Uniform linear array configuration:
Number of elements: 12
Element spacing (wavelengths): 0.25
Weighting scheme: uniform
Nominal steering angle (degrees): -15
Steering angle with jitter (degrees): -15.666
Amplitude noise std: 0.05
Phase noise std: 0.05

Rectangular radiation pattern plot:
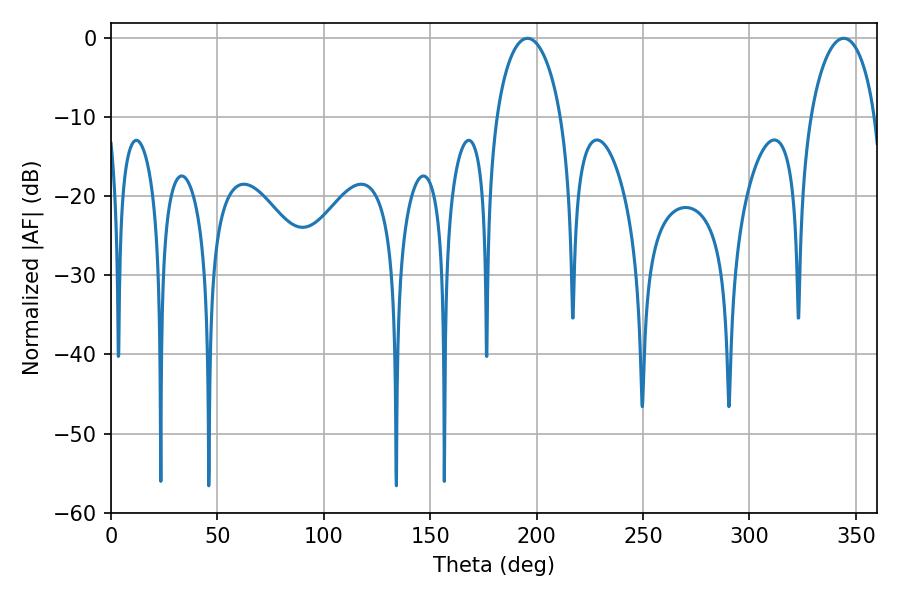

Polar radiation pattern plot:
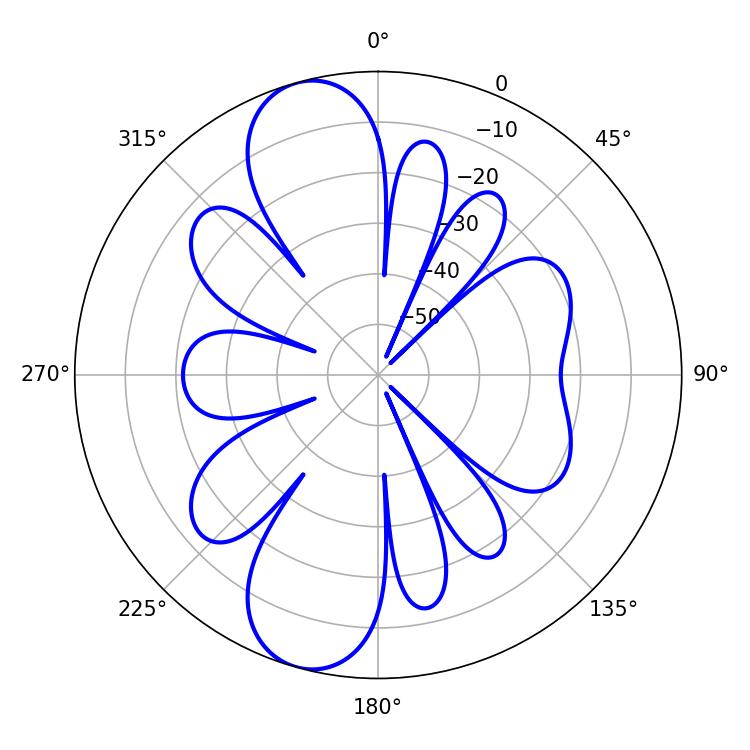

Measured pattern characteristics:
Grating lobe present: FALSE
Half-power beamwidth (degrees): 17.46
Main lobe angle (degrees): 195.66